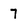
Character: 7